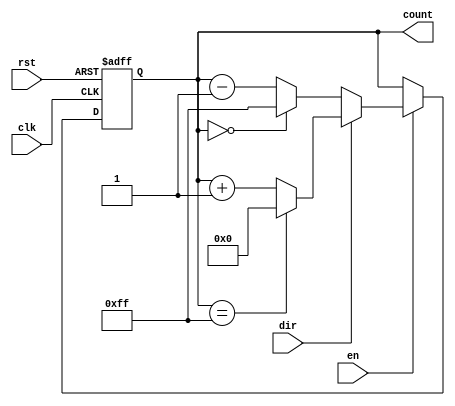
module ParameterizedCounter #(
    parameter WIDTH = 8,            // Default width of the counter
    parameter UP = 1'b1             // Define counting direction: UP (1) or DOWN (0)
)(
    input wire clk,                 // Clock signal
    input wire rst,                 // Asynchronous reset signal
    input wire en,                  // Enable signal
    input wire dir,                 // Direction control (1 for up, 0 for down)
    output reg [WIDTH-1:0] count    // Current count output
);

// Define maximum and minimum count values based on WIDTH
localparam MAX_COUNT = (1 << WIDTH) - 1;  // Maximum value for the counter
localparam MIN_COUNT = 0;                  // Minimum value for the counter

always @(posedge clk or posedge rst) begin
    if (rst) begin
        count <= 0; // Reset counter to zero
    end else if (en) begin
        if (dir) begin  // Counting up
            if (count == MAX_COUNT) begin
                count <= 0; // Wrap around to zero on overflow
            end else begin
                count <= count + 1; // Increment count
            end
        end else begin  // Counting down
            if (count == MIN_COUNT) begin
                count <= MAX_COUNT; // Wrap around to max on underflow
            end else begin
                count <= count - 1; // Decrement count
            end
        end
    end
end

endmodule